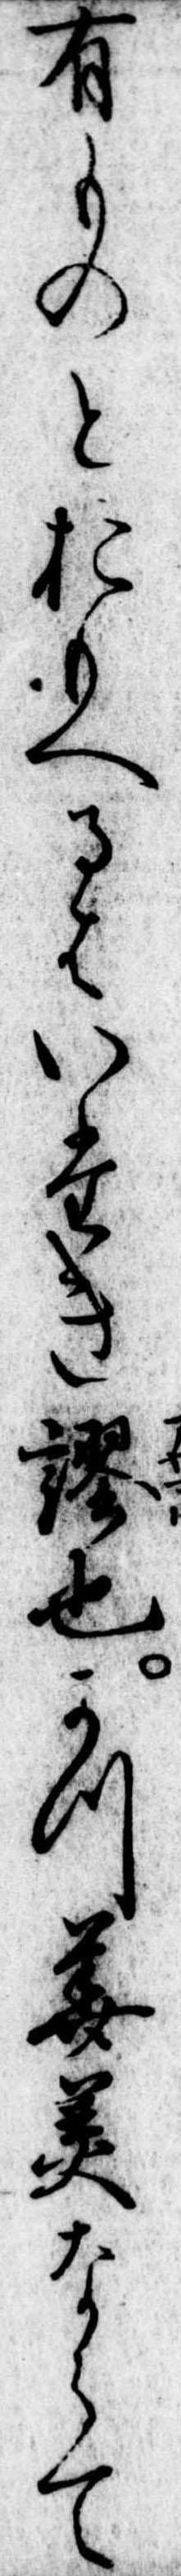
有ものとおもへるはいたき謬也か華美ならて